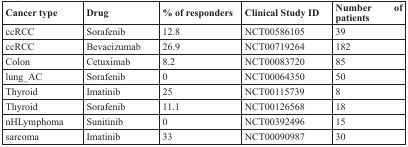
<table><thead><tr><td><b>Cancer type</b></td><td><b>Drug</b></td><td><b>% of responders</b></td><td><b>Clinical Study ID</b></td><td><b>Number of patients</b></td></tr></thead><tbody><tr><td>ccRCC</td><td>Sorafenib</td><td>12.8</td><td>NCT00586105</td><td>39</td></tr><tr><td>ccRCC</td><td>Bevacizumab</td><td>26.9</td><td>NCT00719264</td><td>182</td></tr><tr><td>Colon</td><td>Cetuximab</td><td>8.2</td><td>NCT00083720</td><td>85</td></tr><tr><td>lung_AC</td><td>Sorafenib</td><td>0</td><td>NCT00064350</td><td>50</td></tr><tr><td>Thyroid</td><td>Imatinib</td><td>25</td><td>NCT00115739</td><td>8</td></tr><tr><td>Thyroid</td><td>Sorafenib</td><td>11.1</td><td>NCT00126568</td><td>18</td></tr><tr><td>nHLymphoma</td><td>Sunitinib</td><td>0</td><td>NCT00392496</td><td>15</td></tr><tr><td>sarcoma</td><td>Imatinib</td><td>33</td><td>NCT00090987</td><td>30</td></tr></tbody></table>